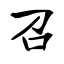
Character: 召